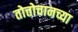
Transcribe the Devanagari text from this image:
तोत्तोचानच्या